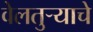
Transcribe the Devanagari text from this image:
वेलतुऱ्याचे